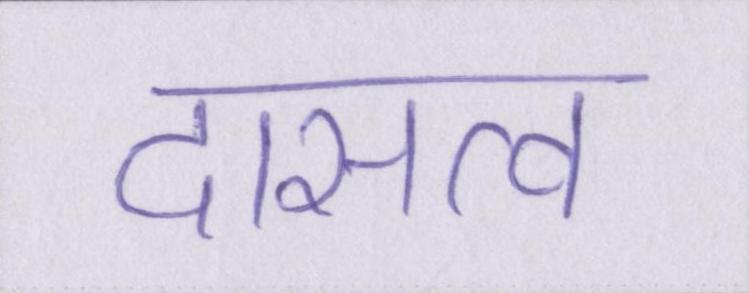
दासत्व